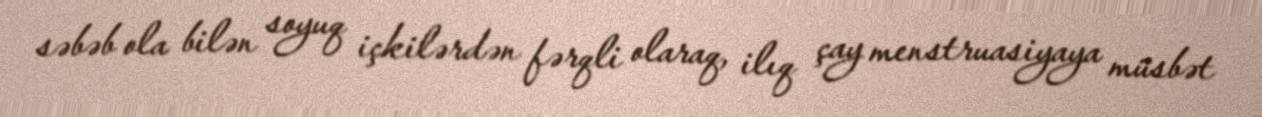
səbəb ola bilən soyuq içkilərdən fərqli olaraq, ilıq çay menstruasiyaya müsbət